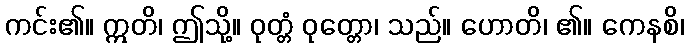
ကင်း၏။ ဣတိ၊ ဤသို့။ ဝုတ္တံ ဝုတ္တော၊ သည်။ ဟောတိ၊ ၏။ ကေနစိ၊